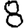
Digit: 8